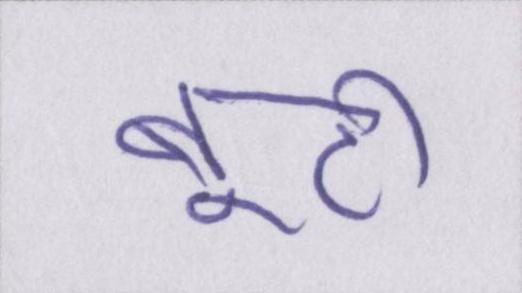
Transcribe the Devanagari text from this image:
बूटी